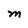
Character: M